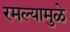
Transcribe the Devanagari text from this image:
रमल्यामुळे